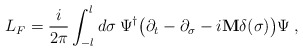
\begin{align*}L_F = \frac{i}{2\pi} \int_{-l}^{l} d\sigma\>\Psi^\dagger \bigl(\partial_t - \partial_\sigma - i {\bf M} \delta(\sigma) \bigr) \Psi \>,\end{align*}